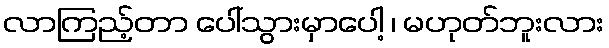
လာကြည့်တာ ပေါ်သွားမှာပေါ့ ၊ မဟုတ်ဘူးလား